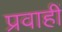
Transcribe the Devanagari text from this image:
प्रवाहीं